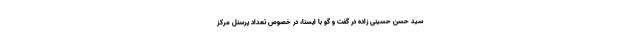
سید حسن حسینی زاده در گفت و گو با ایسنا، در خصوص تعداد پرسنل مرکز